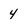
Character: 4